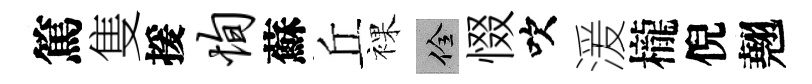
篤隻援恂蘇丘裸佺惙吹湲櫳倪翹